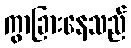
ကွာခြားနေသည်